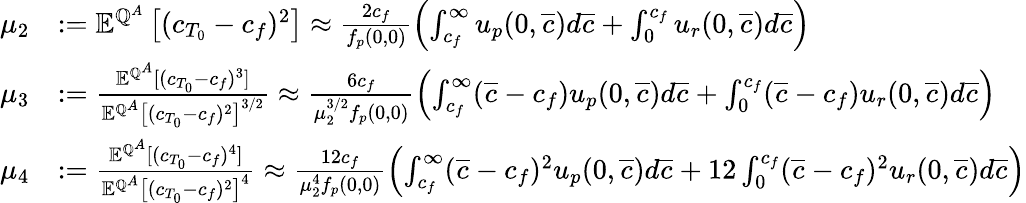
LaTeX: \begin{array}{rl}{\mu_{2}}&{:={\mathbb E}^{{\mathbb Q}^{A}}\left[(c_{T_{0}}-c_{f})^{2}\right]\approx\frac{2c_{f}}{f_{p}(0,0)}\left(\int_{c_{f}}^{\infty}u_{p}(0,\overline{{c}})d\overline{{c}}+\int_{0}^{c_{f}}u_{r}(0,\overline{{c}})d\overline{{c}}\right)}\\ {\mu_{3}}&{:=\frac{{\mathbb E}^{{\mathbb Q}^{A}}[(c_{T_{0}}-c_{f})^{3}]}{{\mathbb E}^{{\mathbb Q}^{A}}\left[(c_{T_{0}}-c_{f})^{2}\right]^{3/2}}\approx\frac{6c_{f}}{\mu_{2}^{3/2}f_{p}(0,0)}\left(\int_{c_{f}}^{\infty}(\overline{{c}}-c_{f})u_{p}(0,\overline{{c}})d\overline{{c}}+\int_{0}^{c_{f}}(\overline{{c}}-c_{f})u_{r}(0,\overline{{c}})d\overline{{c}}\right)}\\ {\mu_{4}}&{:=\frac{{\mathbb E}^{{\mathbb Q}^{A}}[(c_{T_{0}}-c_{f})^{4}]}{{\mathbb E}^{{\mathbb Q}^{A}}\left[(c_{T_{0}}-c_{f})^{2}\right]^{4}}\approx\frac{12c_{f}}{\mu_{2}^{4}f_{p}(0,0)}\left(\int_{c_{f}}^{\infty}(\overline{{c}}-c_{f})^{2}u_{p}(0,\overline{{c}})d\overline{{c}}+12\int_{0}^{c_{f}}(\overline{{c}}-c_{f})^{2}u_{r}(0,\overline{{c}})d\overline{{c}}\right)}\end{array}